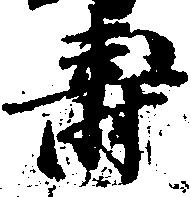
寿